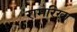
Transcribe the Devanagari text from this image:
रामरिखा